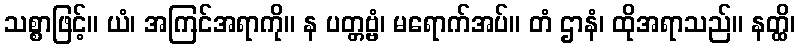
သစ္စာဖြင့်။ ယံ၊ အကြင်အရာကို။ န ပတ္တဗ္ဗံ၊ မရောက်အပ်။ တံ ဌာနံ၊ ထိုအရာသည်။ နတ္ထိ၊